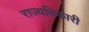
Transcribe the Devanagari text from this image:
राज्यधिकारी